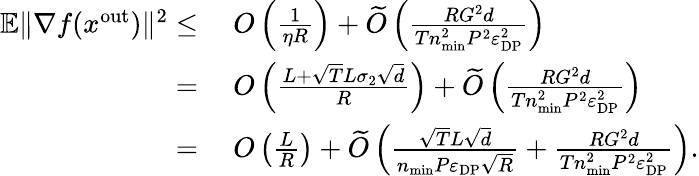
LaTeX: \begin{array}{rl}{\mathbb{E}\| \nabla f(x^{\mathrm{out}})\| ^{2}\leq}&{\ O\left(\frac{1}{\eta R}\right)+\widetilde O\left(\frac{RG^{2}d}{Tn_{\mathrm{min}}^{2}P^{2}\varepsilon_{\mathrm{DP}}^{2}}\right)}\\ {=}&{\ O\left(\frac{L+\sqrt{T}L\sigma_{2}\sqrt{d}}{R}\right)+\widetilde O\left(\frac{RG^{2}d}{Tn_{\mathrm{min}}^{2}P^{2}\varepsilon_{\mathrm{DP}}^{2}}\right)}\\ {=}&{\ O\left(\frac{L}{R}\right)+\widetilde O\left(\frac{\sqrt{T}L\sqrt{d}}{n_{\mathrm{min}}P\varepsilon_{\mathrm{DP}}\sqrt{R}}+\frac{RG^{2}d}{Tn_{\mathrm{min}}^{2}P^{2}\varepsilon_{\mathrm{DP}}^{2}}\right).}\end{array}